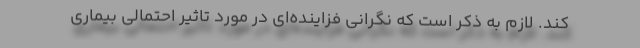
کند. لازم به ذکر است که نگرانی فزاینده‌ای در مورد تاثیر احتمالی بیماری